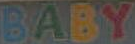
BABY